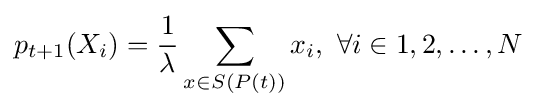
p_{t+1}(X_{i})={\dfrac {1}{\lambda }}\sum _{x\in S(P(t))}x_{i},~\forall i\in 1,2,\dots ,N